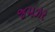
જમઝર